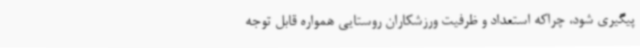
پیگیری شود، چراکه استعداد و ظرفیت ورزشکاران روستایی همواره قابل توجه